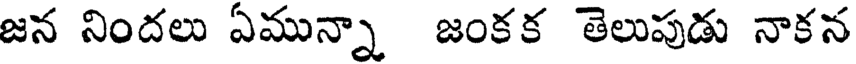
జన నిందలు ఏమున్నా జంకక తెలుపుడు నాకన